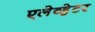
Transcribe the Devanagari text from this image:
एलेव्हेटर